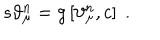
LaTeX: s \vartheta _ { \mu } ^ { n } = g \left[ \vartheta _ { \mu } ^ { n } , c \right] \; .